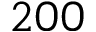
2 0 0